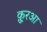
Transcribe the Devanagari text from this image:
क़ु़रआ